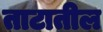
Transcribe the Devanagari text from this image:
ताटातील